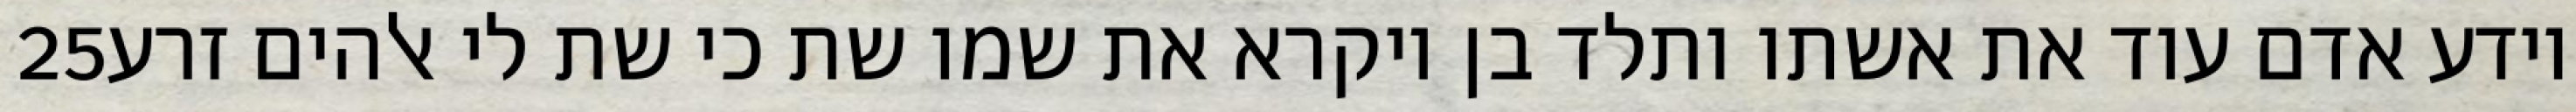
‎25‏ וידע אדם עוד את אשתו ותלד בן ויקרא את שמו שת כי שת לי אלהים זרע